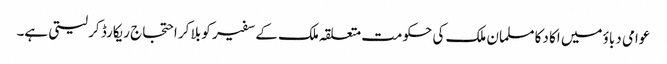
عوامی دباؤ میں اکا دکا مسلمان ملک کی حکومت متعلقہ ملک کے سفیر کو بلا کر احتجاج ریکارڈ کر لیتی ہے۔